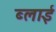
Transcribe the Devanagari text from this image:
ब्लाई